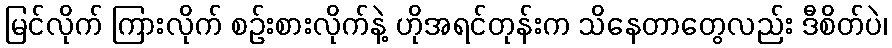
မြင်လိုက် ကြားလိုက် စဉ်းစားလိုက်နဲ့ ဟိုအရင်တုန်းက သိနေတာတွေလည်း ဒီစိတ်ပဲ၊